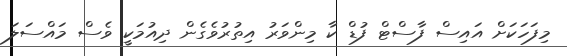
މިފަހަކަށް އައިސް ފާސްޓް ފުޑް ކާ މިންވަރު އިތުރުވެގެން ދިއުމަކީ ވެސް މައްސަލަ